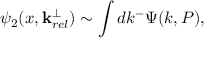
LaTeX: \psi _ { 2 } ( x , \mathbf { k } _ { r e l } ^ { \perp } ) \sim \int d k ^ { - } \Psi ( k , P ) ,